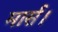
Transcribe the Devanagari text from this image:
मार्स।